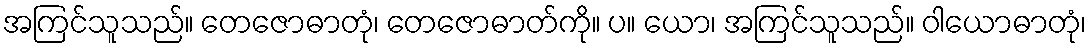
အကြင်သူသည်။ တေဇောဓာတုံ၊ တေဇောဓာတ်ကို။ ပ။ ယော၊ အကြင်သူသည်။ ဝါယောဓာတုံ၊